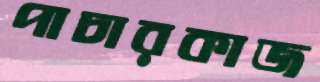
পাচারকাজ